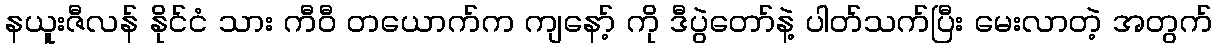
နယူးဇီလန် နိုင်ငံ သား ကီဝီ တယောက်က ကျနော့် ကို ဒီပွဲတော်နဲ့ ပါတ်သက်ပြီး မေးလာတဲ့ အတွက်